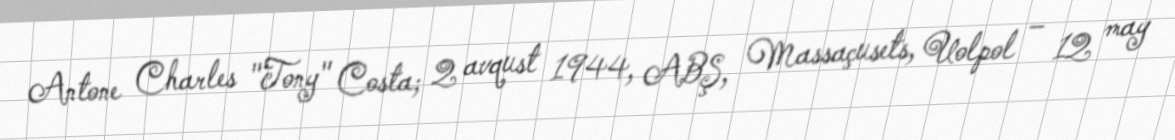
Antone Charles "Tony" Costa; 2 avqust 1944, ABŞ, Massaçusets, Uolpol – 12 may